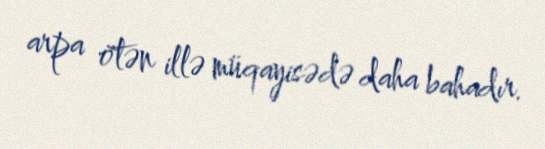
arpa ötən illə müqayisədə daha bahadır.